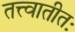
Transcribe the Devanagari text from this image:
तत्त्वातीतः